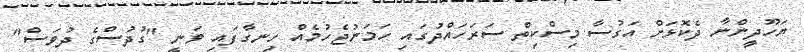
ޔަހޫދީންނާ ދެކޮޅަށް އަގުސާ މިސްކިތް ސަރަހައްދުގައި ހަމަނުޖެހުމެއް ހިނގާފައި ވަނީ "ގުދުސްގެ ދުވަސް"